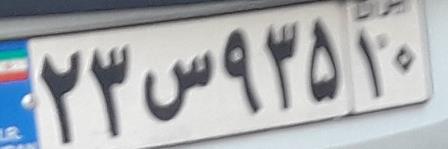
۲۳س۹۳۵۱۰